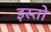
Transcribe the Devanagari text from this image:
इस्तो